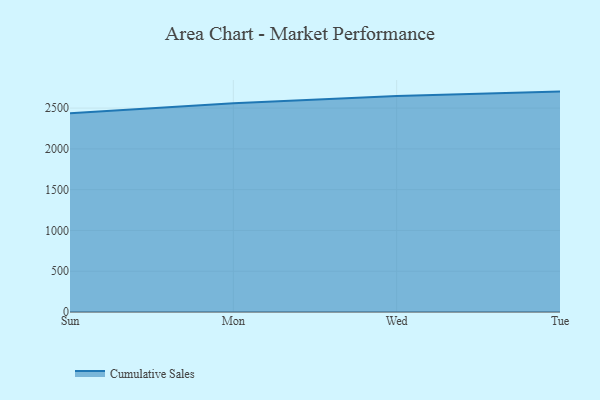
{"axis": {"x": "Day", "y": "LTV (USD)"}, "legend": ["Cumulative Sales"], "data": [{"x": "Sun", "y": 2437.7, "type": "Cumulative Sales"}, {"x": "Mon", "y": 2560.8, "type": "Cumulative Sales"}, {"x": "Wed", "y": 2648.3, "type": "Cumulative Sales"}, {"x": "Tue", "y": 2702.2, "type": "Cumulative Sales"}]}